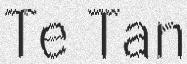
Te Tan